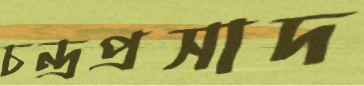
চন্দ্রপ্রসাদ